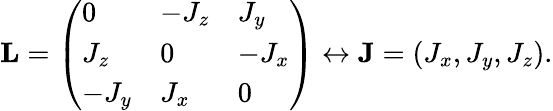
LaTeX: \mathbf{L}=\left(\begin{array}{lll}{0}&{-J_{z}}&{J_{y}}\\ {J_{z}}&{0}&{-J_{x}}\\ {-J_{y}}&{J_{x}}&{0}\end{array}\right)\leftrightarrow\mathbf{J}=(J_{x},J_{y},J_{z}).